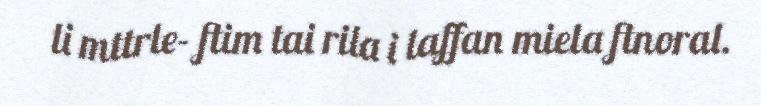
li mttrle- ftim tai rila i laffan miela ftnoral.